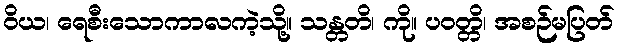
ဝိယ၊ ရေစီးသောကာလကဲ့သို့။ သန္တတိ၊ ကို။ ပဝတ္တိ၊ အစဉ်မပြတ်